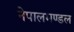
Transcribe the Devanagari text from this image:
नेपालमण्डल